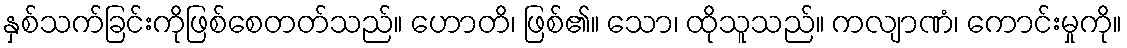
နှစ်သက်ခြင်းကိုဖြစ်စေတတ်သည်။ ဟောတိ၊ ဖြစ်၏။ သော၊ ထိုသူသည်။ ကလျာဏံ၊ ကောင်းမှုကို။